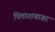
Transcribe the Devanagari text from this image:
पित्ताशयावर